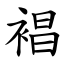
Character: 裮